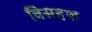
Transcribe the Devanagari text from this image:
विसदृश